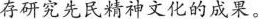
存研究先民精神文化的成果。